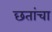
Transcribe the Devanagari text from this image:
छतांचा